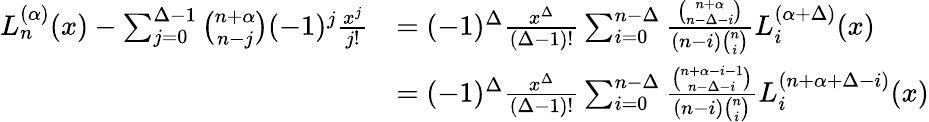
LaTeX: {\begin{array}{rl}{L_{n}^{(\alpha)}(x)-\sum_{j=0}^{\Delta-1}{\binom{n+\alpha}{n-j}}(-1)^{j}{\frac{x^{j}}{j!}}}&{=(-1)^{\Delta}{\frac{x^{\Delta}}{(\Delta-1)!}}\sum_{i=0}^{n-\Delta}{\frac{\binom{n+\alpha}{n-\Delta-i}}{(n-i){\binom{n}{i}}}}L_{i}^{(\alpha+\Delta)}(x)}\\ &{=(-1)^{\Delta}{\frac{x^{\Delta}}{(\Delta-1)!}}\sum_{i=0}^{n-\Delta}{\frac{\binom{n+\alpha-i-1}{n-\Delta-i}}{(n-i){\binom{n}{i}}}}L_{i}^{(n+\alpha+\Delta-i)}(x)}\end{array}}